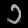
Digit: ၁